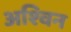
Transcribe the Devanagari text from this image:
अश्‍िवन